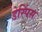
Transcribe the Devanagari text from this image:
डेस्पिंस